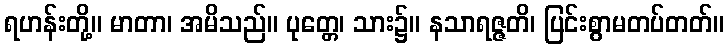
ရဟန်းတို့။ မာတာ၊ အမိသည်။ ပုတ္တေ၊ သား၌။ နသာရဇ္ဇတိ၊ ပြင်းစွာမတပ်တတ်။